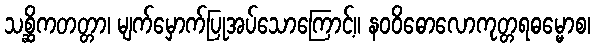
သစ္ဆိကတတ္တာ၊ မျက်မှောက်ပြုအပ်သောကြောင့်။ နဝဝိဓောလောကုတ္တရဓမ္မောစ၊